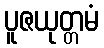
ပူဇယုတ္တမံ